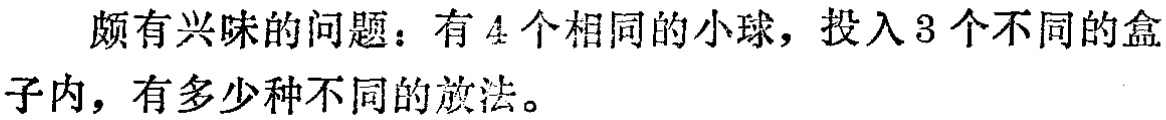
颇有兴味的问题：有 4 个相同的小球，投入 3 个不同的盒子内，有多少种不同的放法。